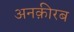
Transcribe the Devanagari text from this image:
अनक़ीरब